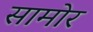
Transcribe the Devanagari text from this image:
सामोर